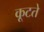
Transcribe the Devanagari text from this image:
कूटते